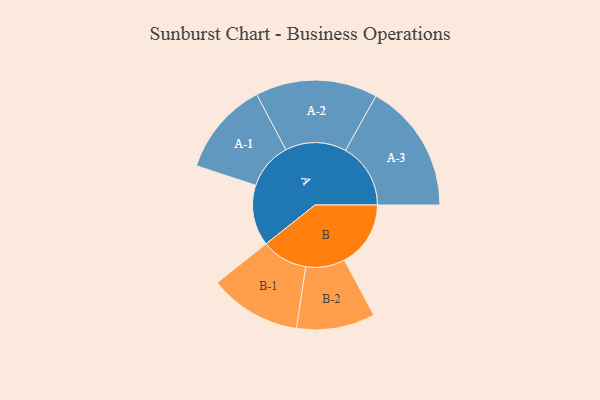
{"axis": {"x": "Segment", "y": "Value"}, "legend": ["", "A", "B"], "data": [{"x": "A", "y": 268, "type": ""}, {"x": "B", "y": 292, "type": ""}, {"x": "A-1", "y": 207, "type": "A"}, {"x": "A-2", "y": 269, "type": "A"}, {"x": "A-3", "y": 287, "type": "A"}, {"x": "B-1", "y": 203, "type": "B"}, {"x": "B-2", "y": 173, "type": "B"}]}